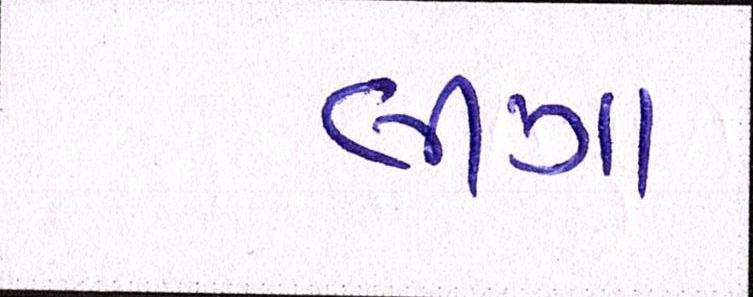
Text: લીગા